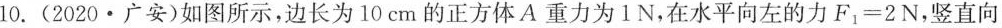
10.(2020·广安)如图所示，边长为10cm的正方体A重力为1N，在水平向左的力$$F _ { 1 } = 2 N$$，竖直向